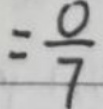
$= \frac{0}{7}$